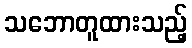
သဘောတူထားသည့်